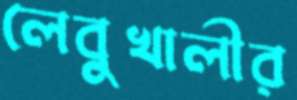
লেবুখালীর